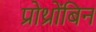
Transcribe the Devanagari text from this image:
प्रोथ्रोंबिन